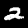
Digit: 2